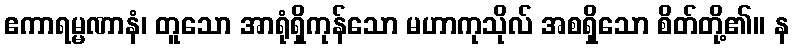
ဧကာရမ္မဏာနံ၊ တူသော အာရုံရှိကုန်သော မဟာကုသိုလ် အစရှိသော စိတ်တို့၏။ န